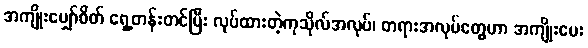
အကျိုးမျှော်စိတ် ရှေ့တန်းတင်ပြီး လုပ်ထားတဲ့ကုသိုလ်အလုပ်၊ တရားအလုပ်တွေဟာ အကျိုးပေး